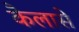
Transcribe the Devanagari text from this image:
कैलासे